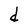
Character: d